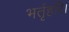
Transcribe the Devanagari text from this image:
भर्तृहरि।